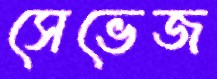
সেভেজ